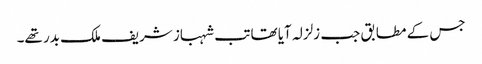
جس کے مطابق جب زلزلہ آیا تھا تب شہباز شریف ملک بدر تھے۔